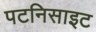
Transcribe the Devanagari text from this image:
पटनिसाइट